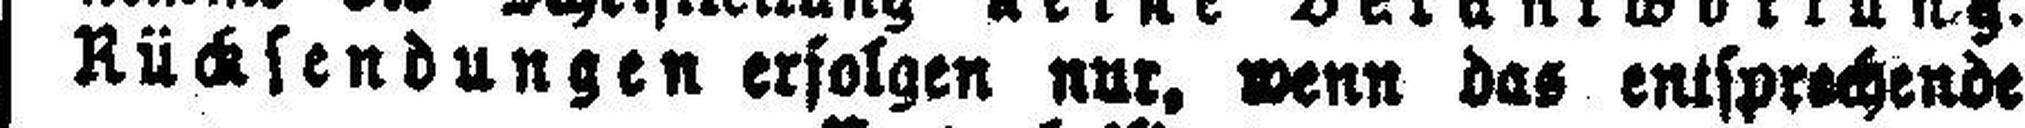
Rücksendungen erfolgen nur, wenn das entsprechende